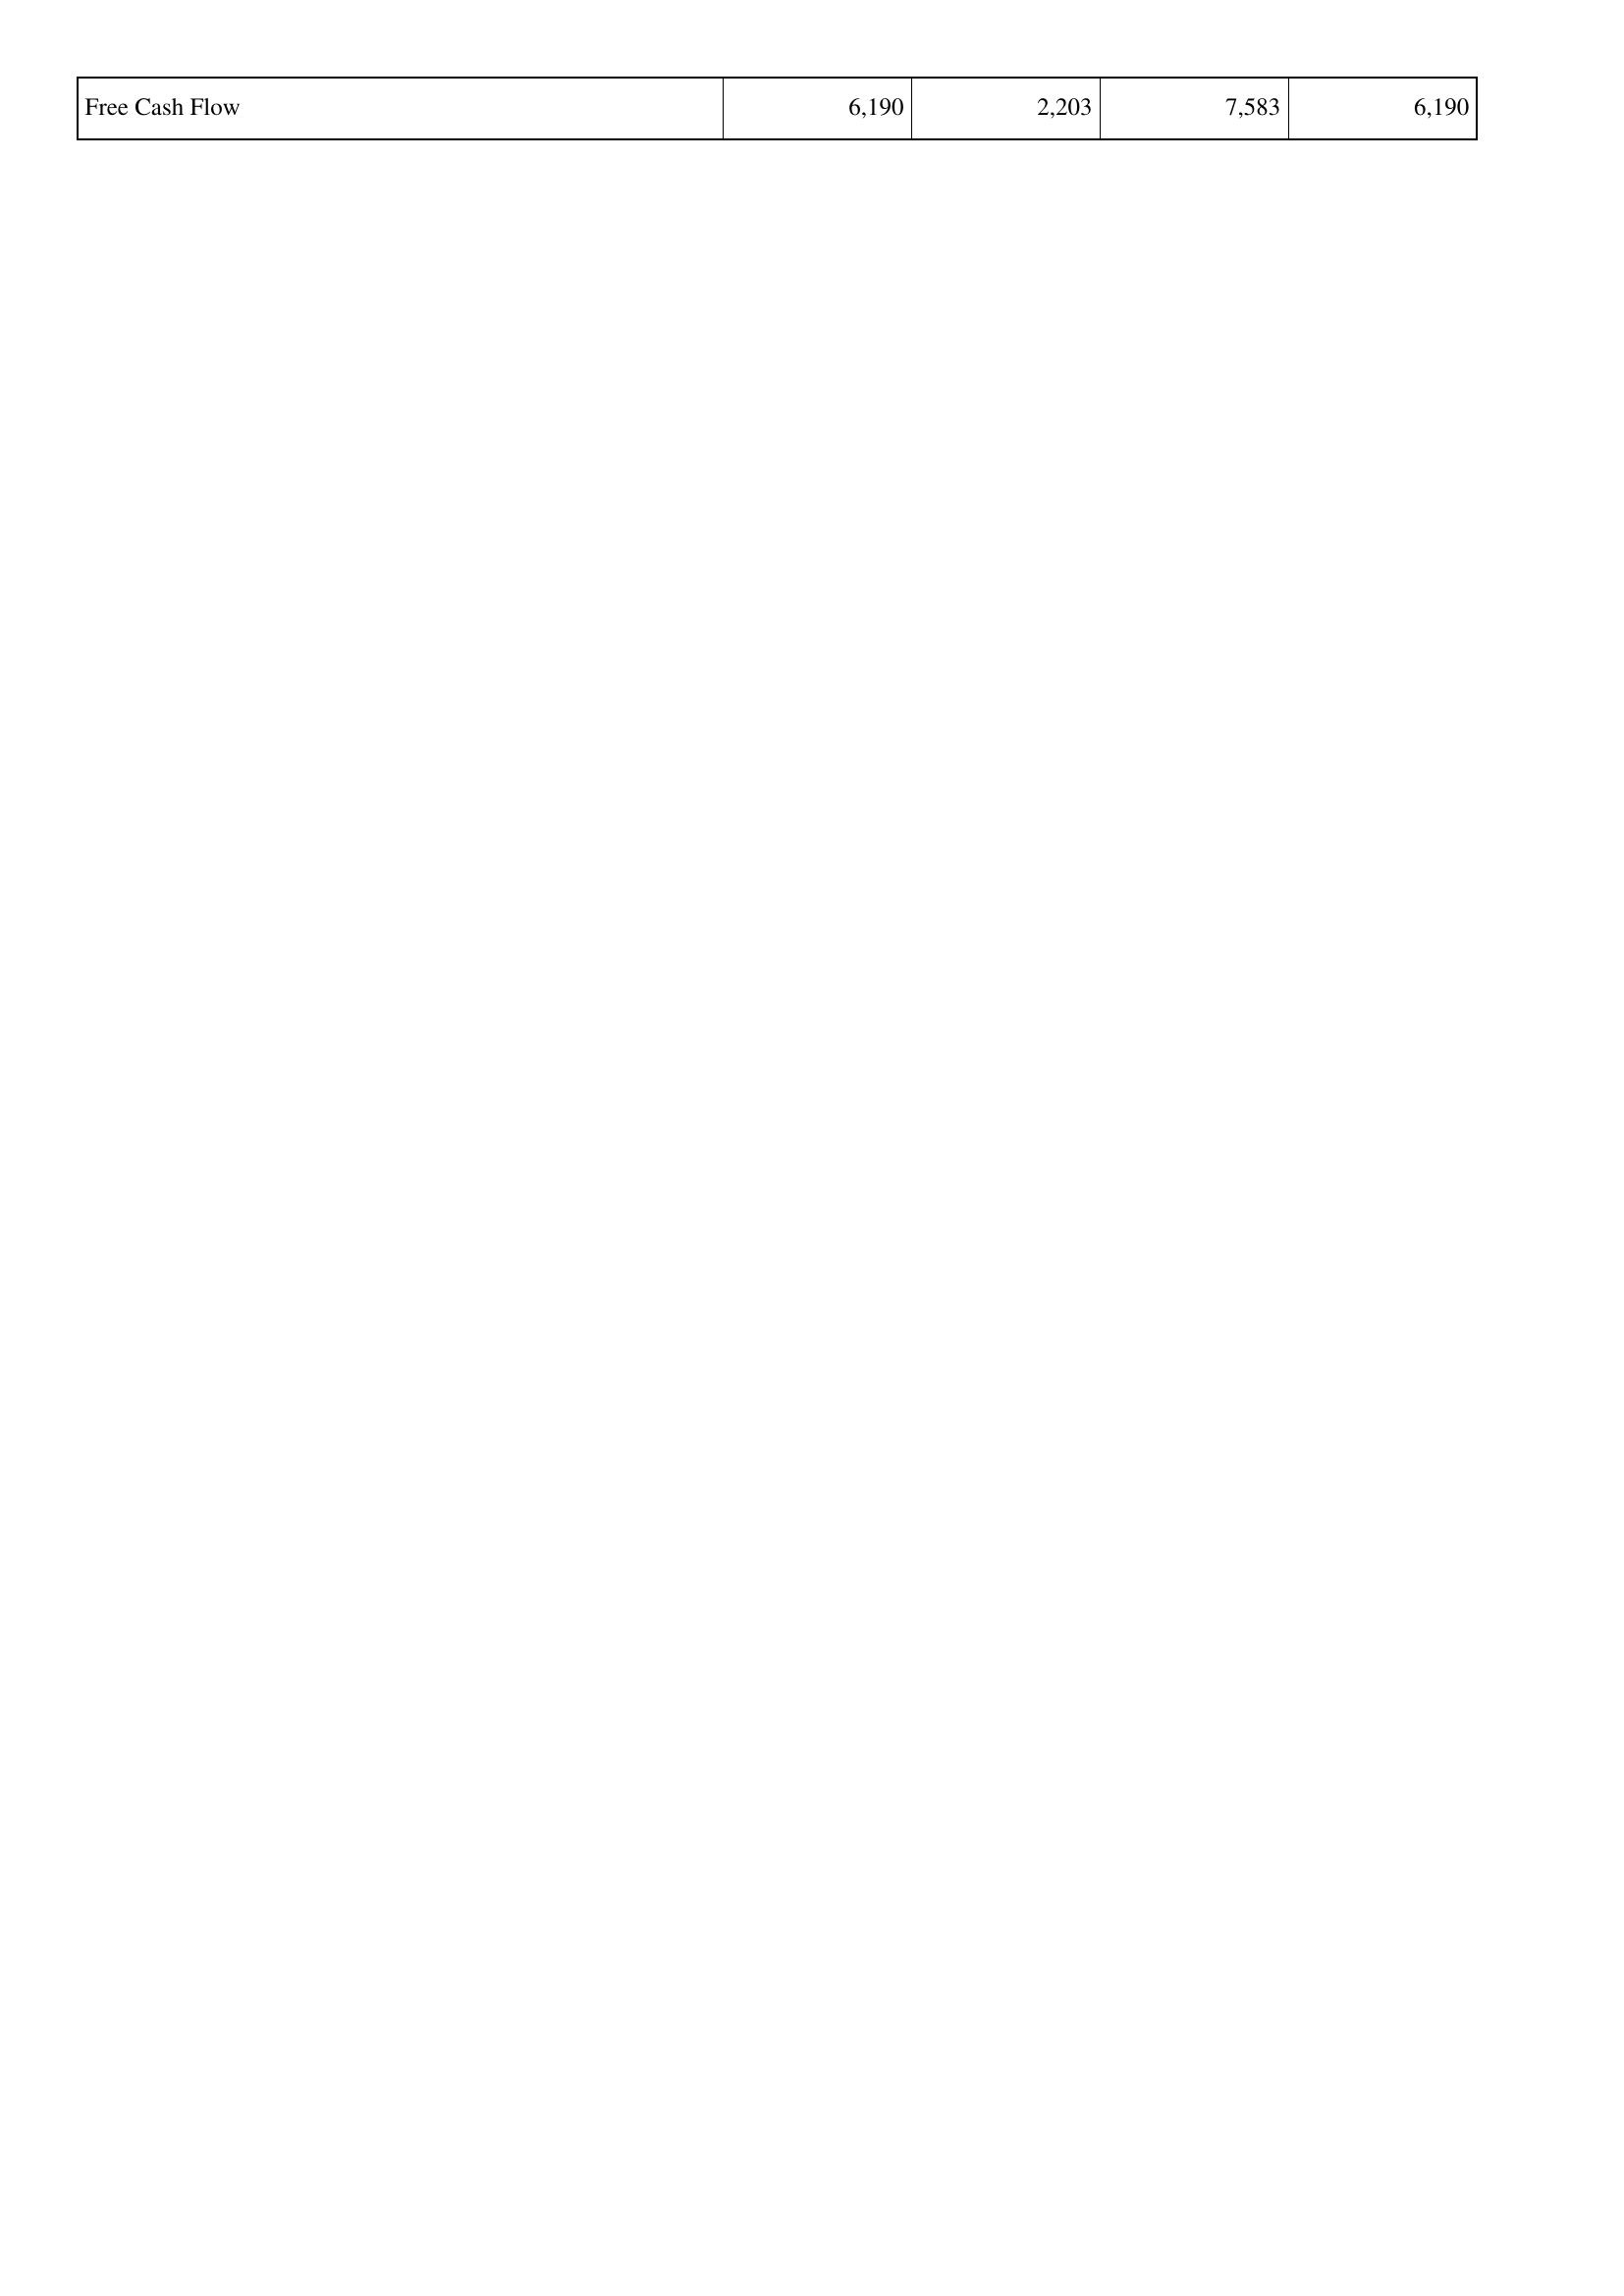
2021: Financing Activities: Free Cash Flow: 6,190
2022: Financing Activities: Free Cash Flow: 2,203
2023: Financing Activities: Free Cash Flow: 7,583
2024: Financing Activities: Free Cash Flow: 6,190